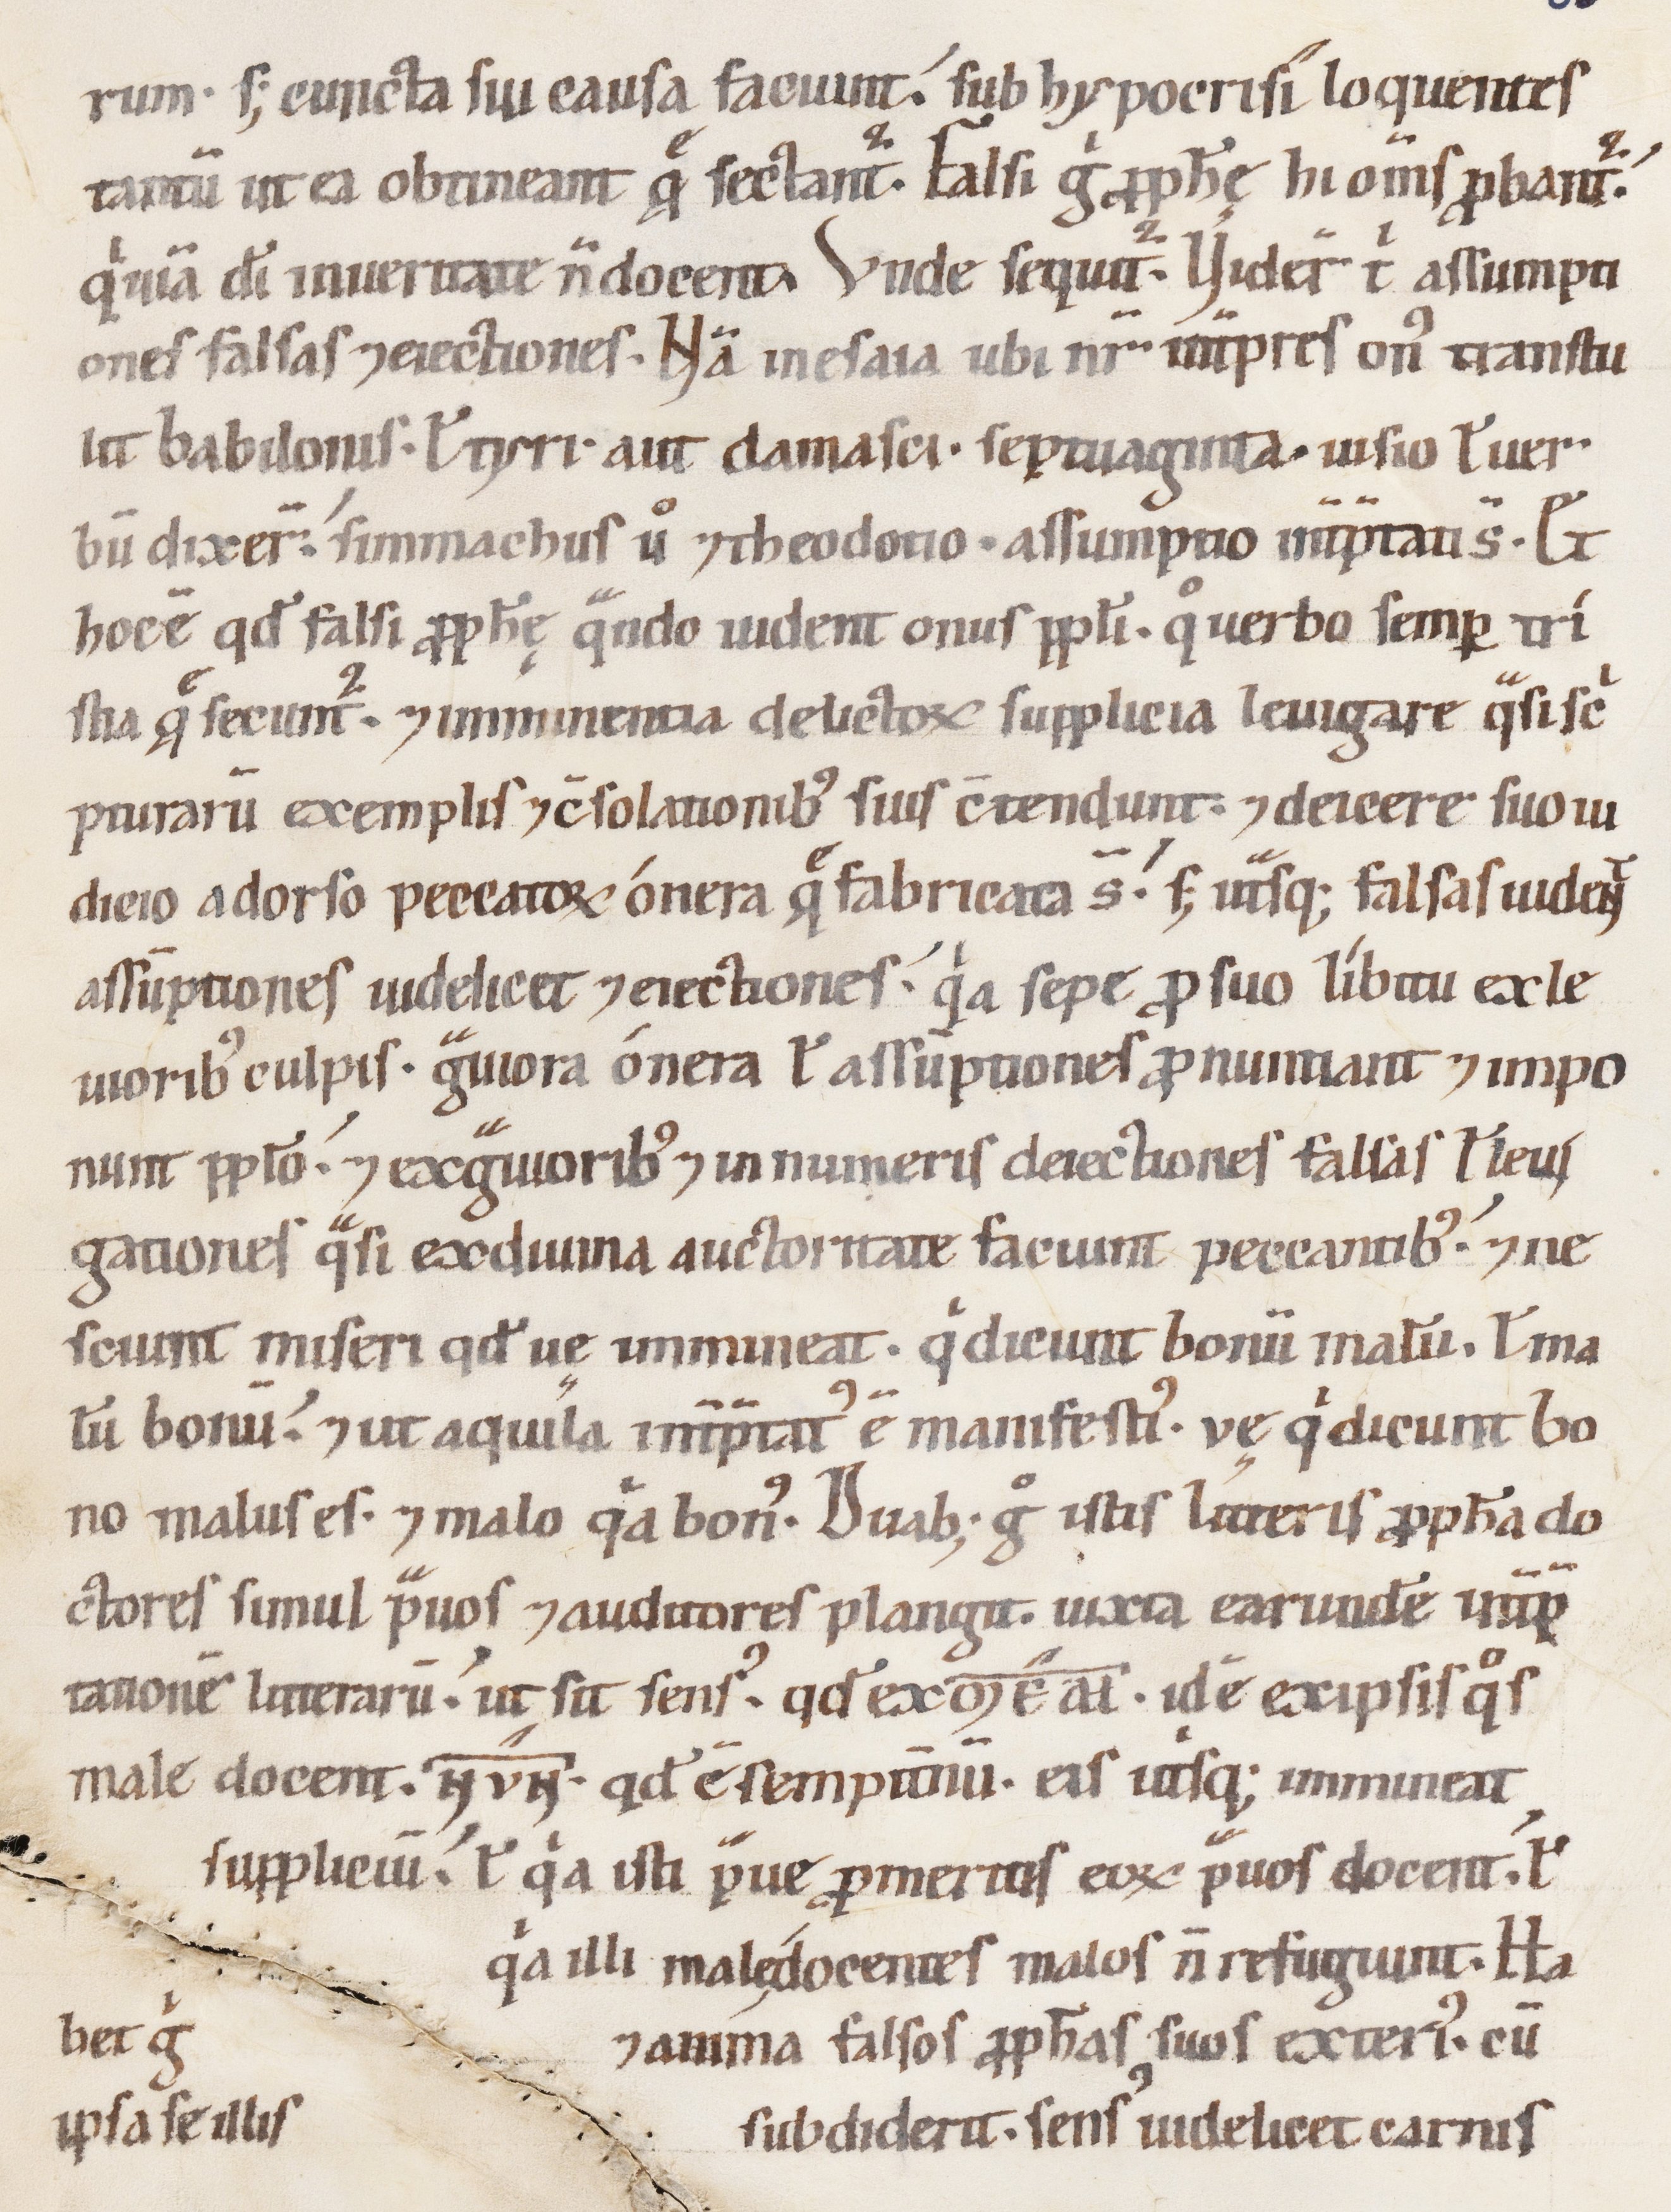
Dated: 1147–1178